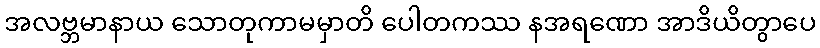
အလဗ္ဘမာနာယ သောတုကာမမှာတိ ပေါတကဿ နအရဏော အာဒိယိတွာပေ